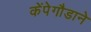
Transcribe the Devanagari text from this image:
केंपेगौडाने